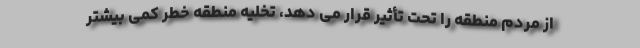
از مردم منطقه را تحت تأثیر قرار می دهد، تخلیه منطقه خطر کمی بیشتر